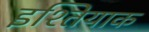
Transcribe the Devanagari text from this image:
इश्तियाक